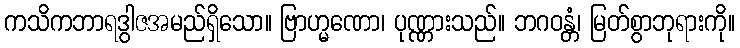
ကသိကဘာရဒွါဇအမည်ရှိသော။ ဗြာဟ္မဏော၊ ပုဏ္ဏားသည်။ ဘဂဝန္တံ၊ မြတ်စွာဘုရားကို။